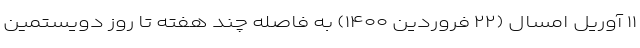
۱۱ آوریل امسال (۲۲ فروردین ۱۴۰۰) به فاصله چند هفته تا روز دویستمین